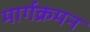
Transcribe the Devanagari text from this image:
मार्गक्रमन